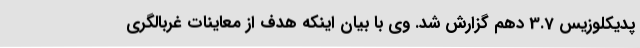
پدیکلوزیس 3.7 دهم گزارش شد. وی با بیان اینکه هدف از معاینات غربالگری